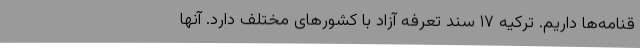
قنامه‌ها داریم. ترکیه ۱۷ سند تعرفه‌ آزاد با کشورهای مختلف دارد. آنها